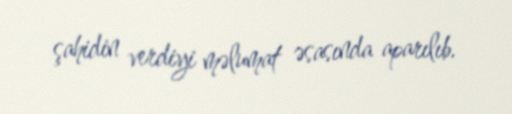
şahidin verdiyi məlumat əsasında aparılıb.